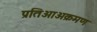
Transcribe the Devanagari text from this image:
प्रतिआअक्रमण